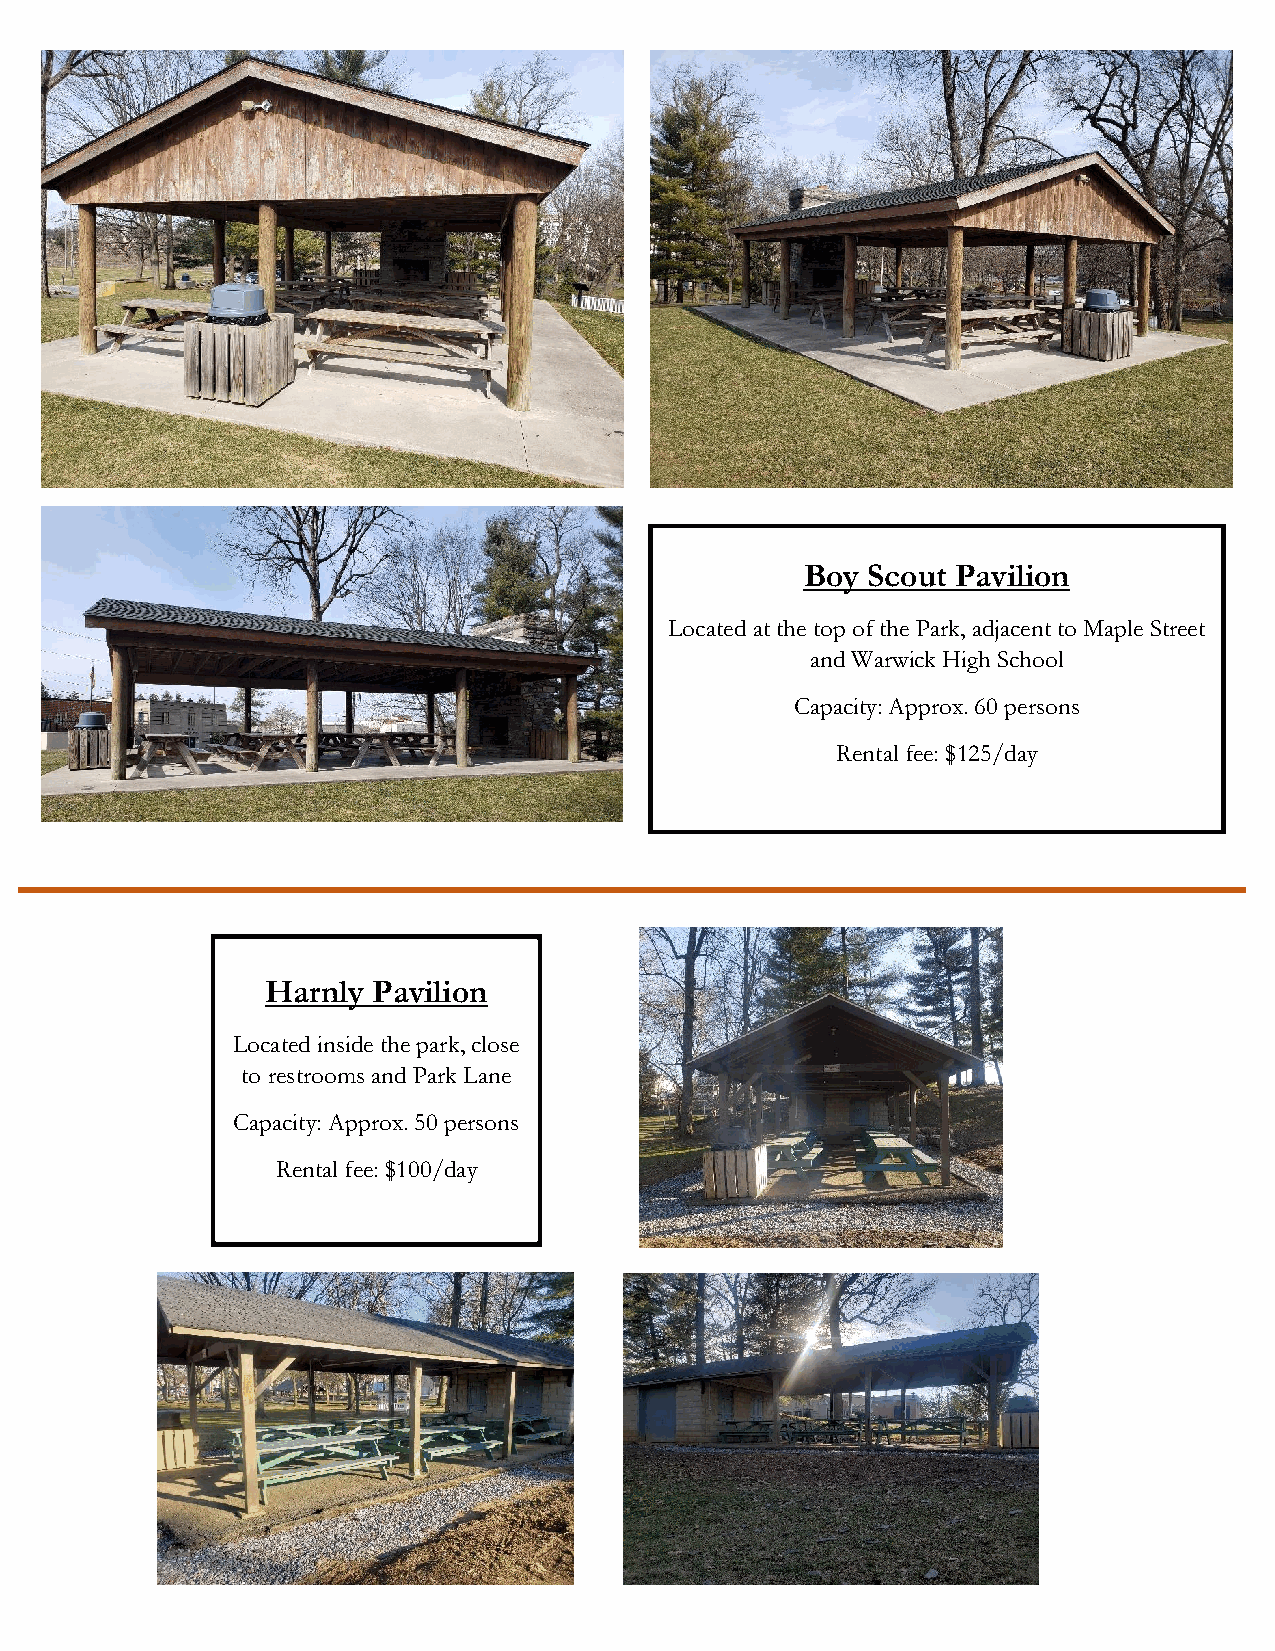
Boy Scout Pavilion
 Located at the top of the Park, adjacent to Maple Street
 and Warwick High School
 Capacity: Approx. 60 persons
 Rental fee: $125/day
 Harnly Pavilion
 Located inside the park, close
 to restrooms and Park Lane
 Capacity: Approx. 50 persons
 Rental fee: $100/day